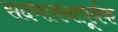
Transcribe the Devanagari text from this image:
सदभावनापूर्वक